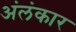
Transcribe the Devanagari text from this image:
अंलंकार